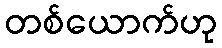
တစ်ယောက်ဟု